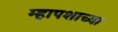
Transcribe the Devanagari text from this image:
म्हापशाच्या